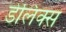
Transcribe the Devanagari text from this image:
डेलिक्स